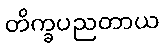
တိက္ခပညတာယ